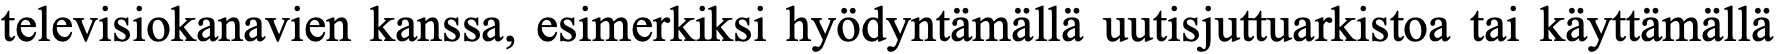
televisiokanavien kanssa, esimerkiksi hyödyntämällä uutisjuttuarkistoa tai käyttämällä